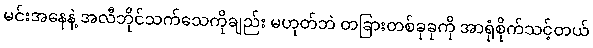
မင်းအနေနဲ့ အလီဘိုင်သက်သေကိုချည်း မဟုတ်ဘဲ တခြားတစ်ခုခုကို အာရုံစိုက်သင့်တယ်